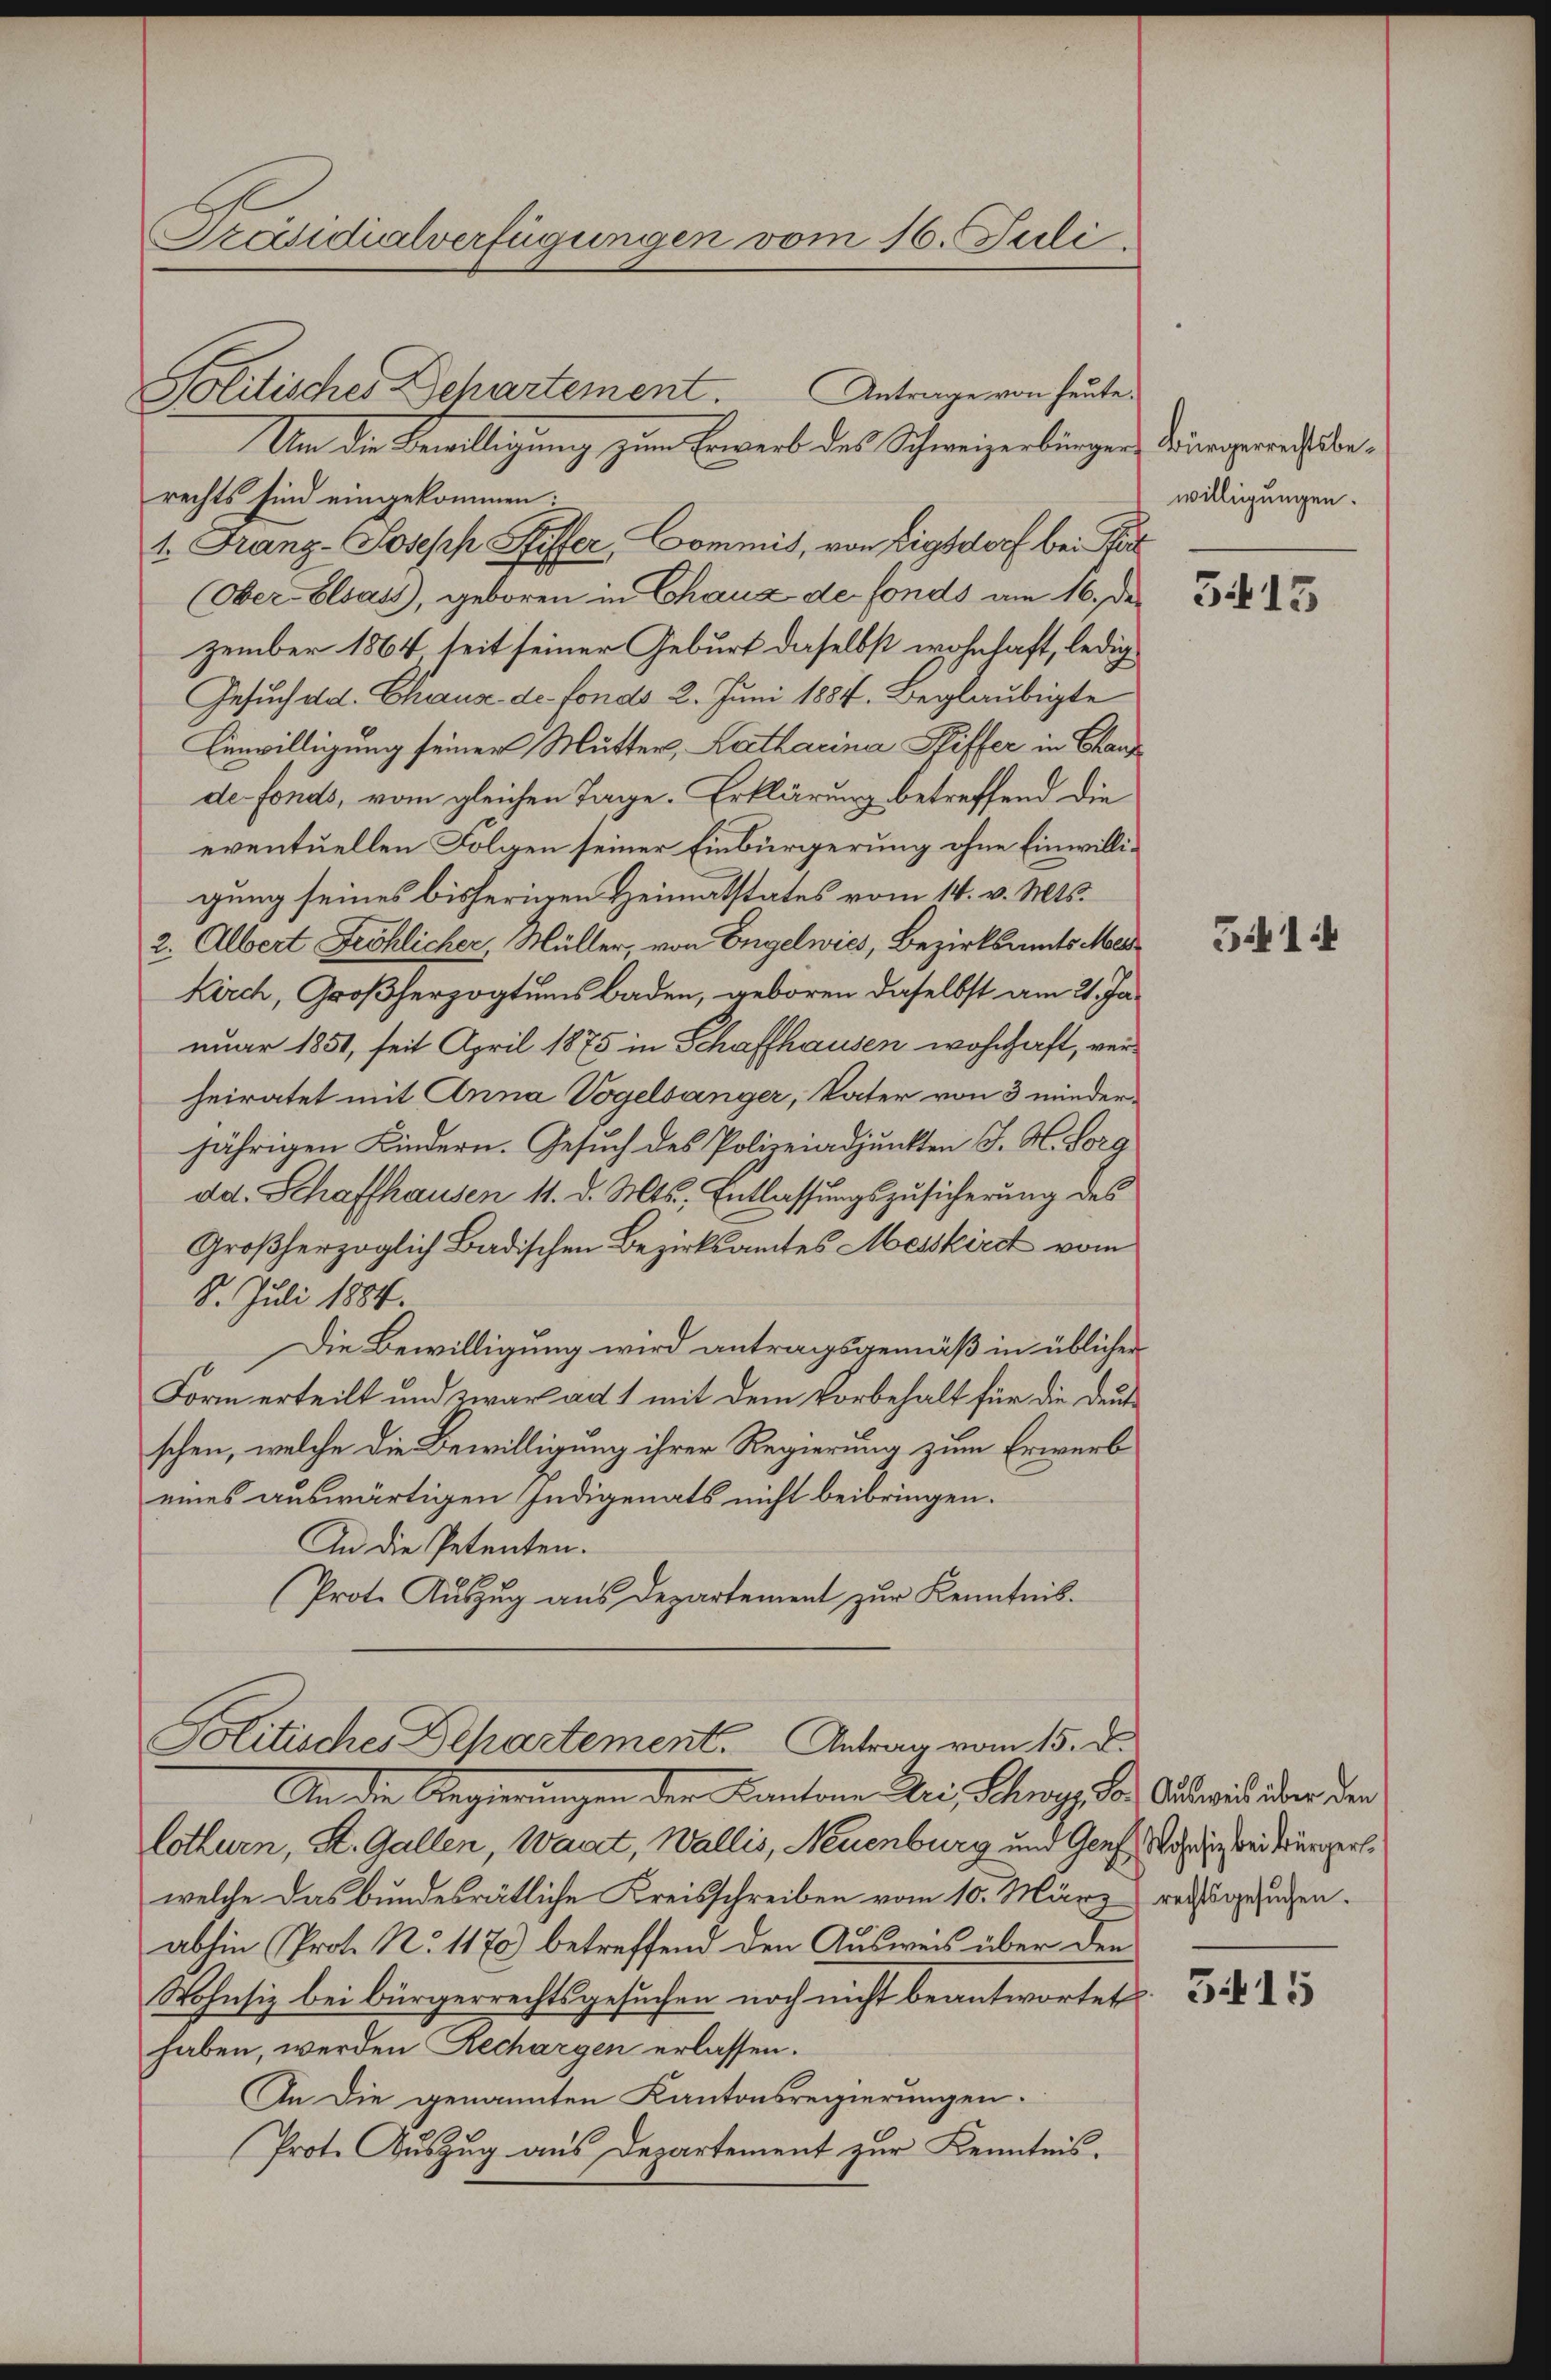
Präsidialverfügungen vom 16. Juli.

Antrage von heute.
Um die Bewilligung zum Erwerb des Schweizerbürger Würgerechtsberechts sind eingekommen:
1. Franz-Joseph Riffer, Commis, von Eigsdorf bei Pet
(Ober-Elsass, geboren in Chaux de fonds am 16. des
zember 1864 seit seiner Geburt daselbst wohnhaft, ledig
Gesuch dd. Chaus de fondo 2. Juni 1884. Beglaubigte
Einwilligung seiner Mutter, Katharina Stiffer in Chan
de fonds, vom gleichen Tage. Erklärung betreffend die
eventuellen Folgen seiner Einbürgerung ohne Einwilligung seines bisherigen Heimatstates vom 14. v. Mts.
2. Albert Fröhlicher, Müller, von Engelwies, Bezirksamts Me
Kirch, Großherzogtumsbaden, geboren daselbst am 21. Januar 1851, seit April 1875 in Schaffhausen wohnhaft, verheiratet mit Anna Vogelsanger, Vater von 3 wiederjährigen Kindern. Gesuch des Polizeiadjunkten J. H. Sorg
dd. Schaffhausen 11. d. Mts., Entlassungszusicherung des
Großherzoglich Badischen Bezirksamtes Messkirdt vom
8. Juli 1884.
Die Bewilligung wird antragsgemäß in üblicher
Form erteilt und zwar ad 1 mit dem Vorbehalt für die Deuts
schen, welche die Bewilligung ihrer Regierung zum Erwerb
eines auswärtigen Indigenats nicht beibringen.
An die Petenten.
Prote Aŭszŭg aŭs Departement zŭr Kenntnis.

Solitisches Departement

Politisches Departement. Antrag vom 15. d.
An die Regierungen der Kantone Peri, Schny, der Ausweileiden der
lothurn, St. Gallen, Waadt, Wallis, Neuenburg und Genf, Wohin bei Würger¬

welche das bundesrätliche Kreisschreiben vom 10. März rechtsgesuchen.
abhin (Prot. N. 1170) betreffend den Ausweis über den
Wohnsiz bei Bürgerrechtsgesuchen noch nicht beantwortet
haben, werden Rechargen erlassen.
An die genannten Kantonsregierungen.
Prot. Auszug aus Departement zur Kenntnis.

willigungen.

5415

541

315